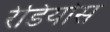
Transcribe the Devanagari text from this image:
रेडियोस